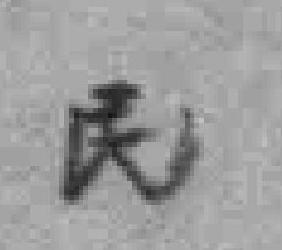
民